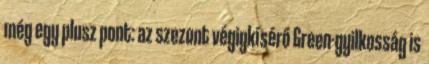
még egy plusz pont: az szezont végigkísérő Green-gyilkosság is